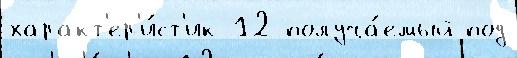
характ'ер'и́ст'ик 12 получа́емый под